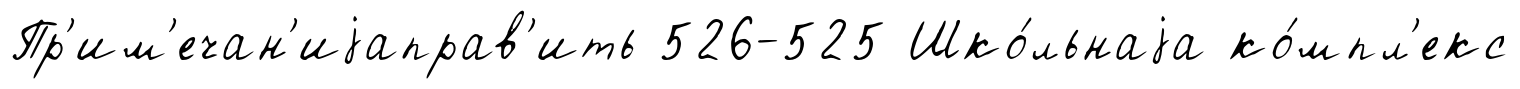
Пр'им'ечан'иjаправ'ить 526-525 Шко́льнаjа ко́мпл'екс